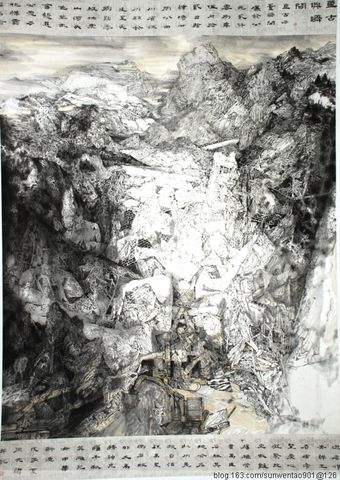
集中什九从军乐，亘古男儿一放翁。